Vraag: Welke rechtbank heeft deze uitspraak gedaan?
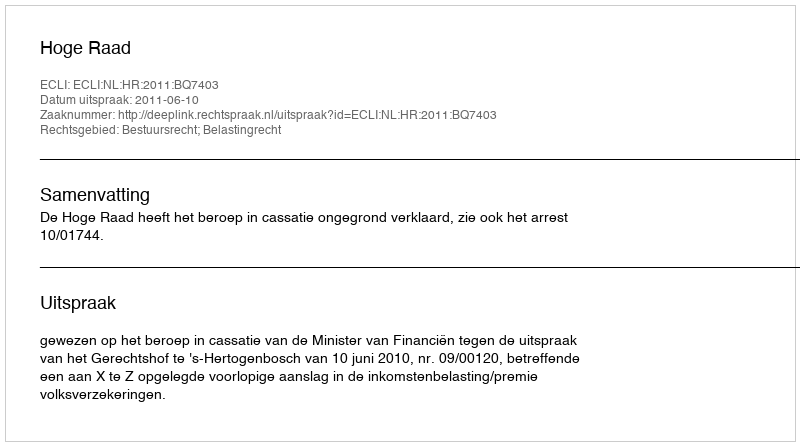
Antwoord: Hoge Raad